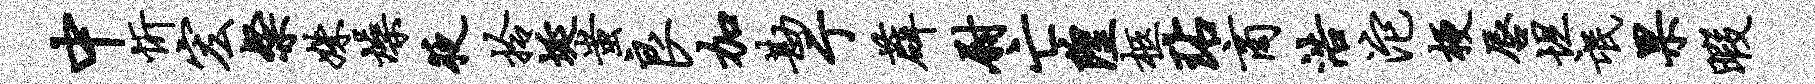
中忻宏粲姝燥夜拎埏蚩良加勘亍薜尉亡隍柩玷商浩沱梗唇坦氓果暇